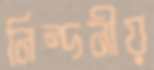
নিন্দনীয়